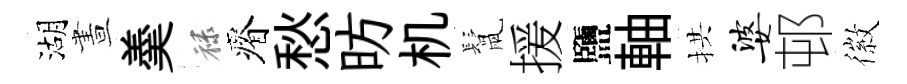
湖晝羮禄瘠愁昉机鬛援鹽軸拱婆邨徽